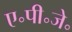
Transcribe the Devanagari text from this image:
ए॰पी॰जे॰